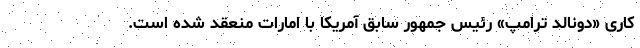
کاری «دونالد ترامپ» رئیس جمهور سابق آمریکا با امارات منعقد شده است.